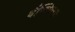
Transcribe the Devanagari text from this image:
र्वन्दिग्रामः